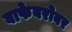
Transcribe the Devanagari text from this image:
वाफेबरोबर